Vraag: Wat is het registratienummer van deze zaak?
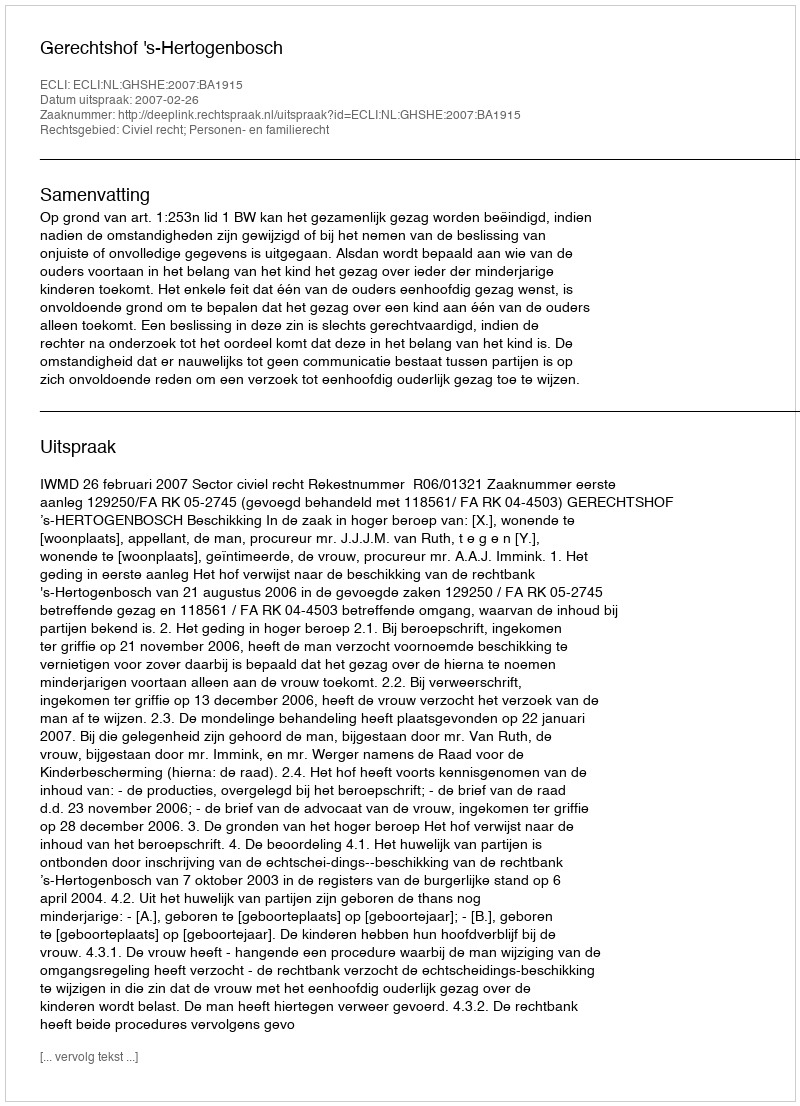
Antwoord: http://deeplink.rechtspraak.nl/uitspraak?id=ECLI:NL:GHSHE:2007:BA1915